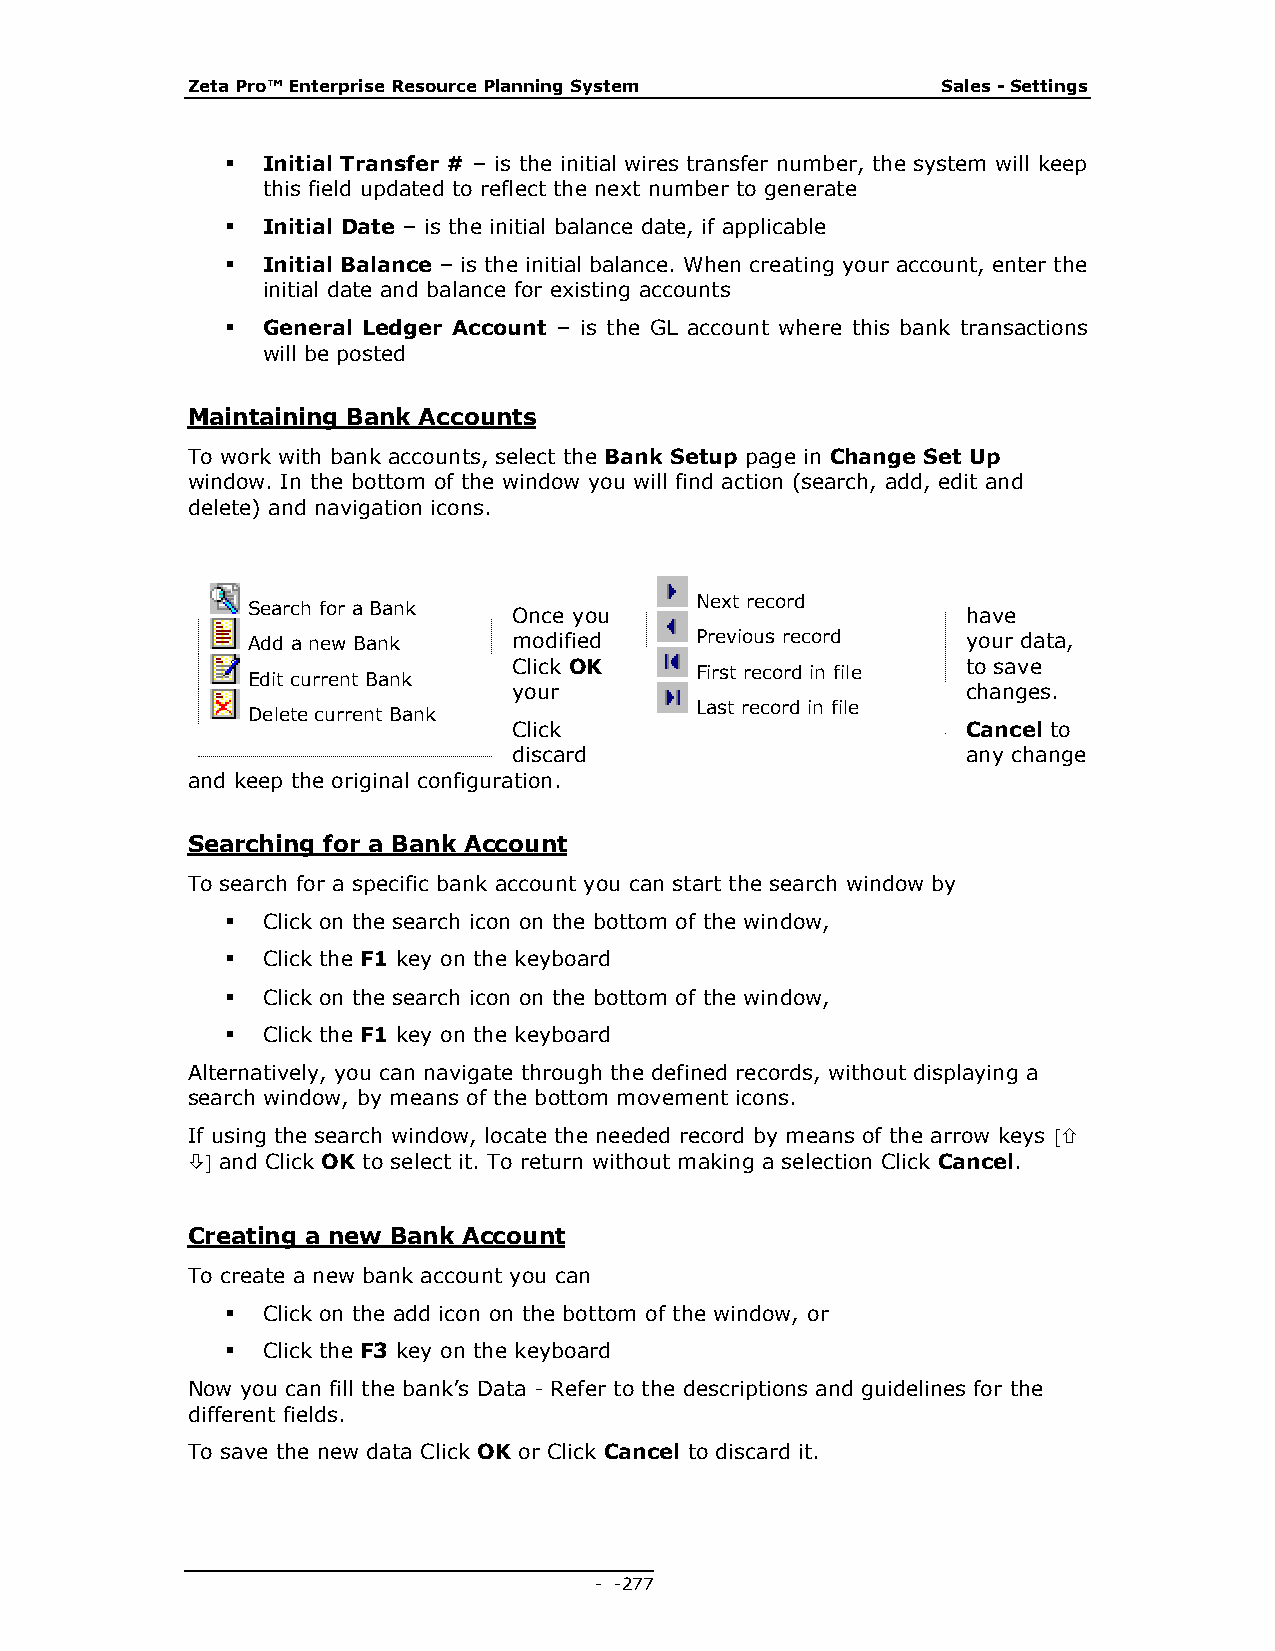
Zeta Pro™ Enterprise Resource Planning System     Sales - Settings
  Initial Transfer # – is the initial wires transfer number, the system will keep
 this field updated to reflect the next number to generate
  Initial Date – is the initial balance date, if applicable
  Initial Balance – is the initial balance. When creating your account, enter the
 initial date and balance for existing accounts
  General Ledger Account – is the GL account where this bank transactions
 will be posted
 Maintaining Bank Accounts
 To work with bank accounts, select the Bank Setup page in Change Set Up
 window. In the bottom of the window you will find action (search, add, edit and
 delete) and navigation icons.
 Next record
 Search for a Bank Once you                      have
 Add a new Bank    modified    Previous record   your data,
 Click OK                      to save
 First record in file
 Edit current Bank
 your                          changes.
 Last record in file
 Delete current Bank
 Click                         Cancel to
 discard                       any change
 and keep the original configuration.
 Searching for a Bank Account
 To search for a specific bank account you can start the search window by
  Click on the search icon on the bottom of the window,
  Click the F1 key on the keyboard
  Click on the search icon on the bottom of the window,
  Click the F1 key on the keyboard
 Alternatively, you can navigate through the defined records, without displaying a
 search window, by means of the bottom movement icons.
 If using the search window, locate the needed record by means of the arrow keys 
  and Click OK to select it. To return without making a selection Click Cancel.
 Creating a new Bank Account
 To create a new bank account you can
  Click on the add icon on the bottom of the window, or
  Click the F3 key on the keyboard
 Now you can fill the bank’s Data - Refer to the descriptions and guidelines for the
 different fields.
 To save the new data Click OK or Click Cancel to discard it.
 - - 277